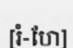
[រំ-ហែ]